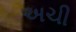
અચી